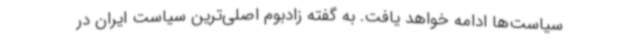
سیاست‌ها ادامه خواهد یافت. به گفته زادبوم اصلی‌ترین سیاست ایران در